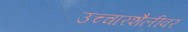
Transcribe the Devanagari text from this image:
उच्चारशैलीवर